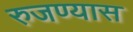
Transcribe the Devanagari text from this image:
रुजण्यास